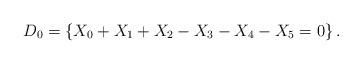
LaTeX: \begin{align*}D_{0}=\left\{ X_{0}+X_{1}+X_{2}-X_{3}-X_{4}-X_{5}=0\right\} .\end{align*}